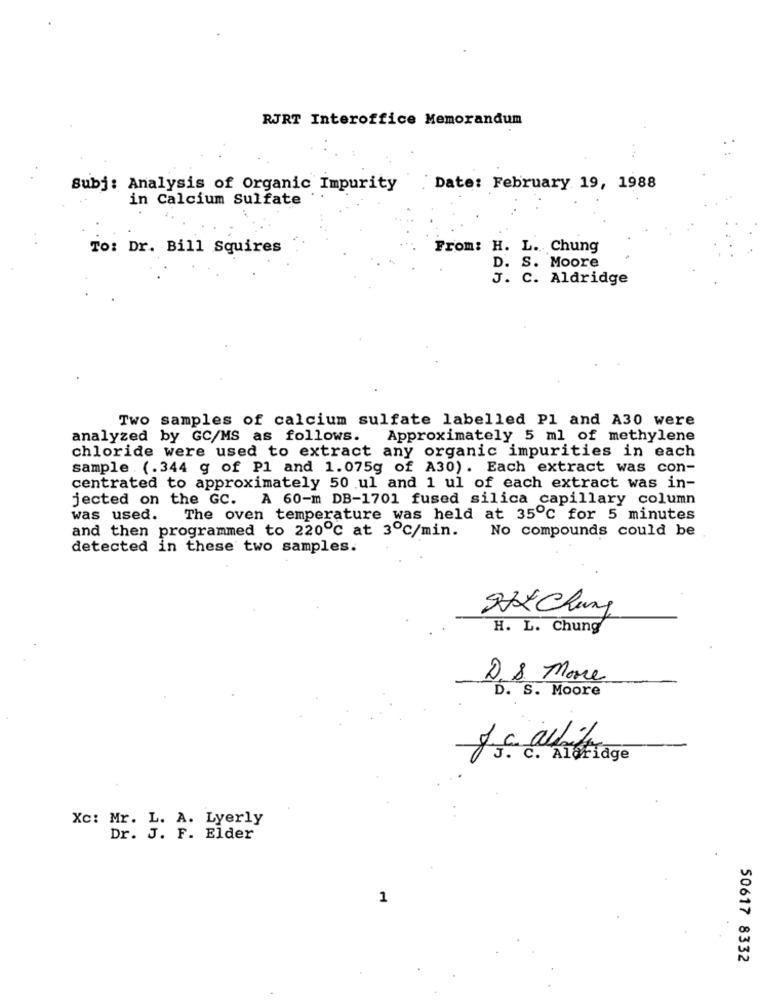
RJRT Interoffice Memorandum
Subj: Analysis of Organic Impurity
Date: February 19, 1988
in Calcium Sulfate
To: Dr. Bill Squires
From: H. L. Chung
D. S. Moore
J. C. Aldridge
Two samples of calcium sulfate labelled Pl and A30 were
analyzed by GC/MS as follows. Approximately 5 ml of methylene
chloride were used to extract any organic impurities in each
sample . (.344 g of Pl and 1.075g of A30). Each extract was con-
centrated to approximately 50 ul and 1 ul of each extract was in-
jected on the GC. A 60-m DB-1701 fused silica capillary column
was used.
The oven temperature was held at 35℃ for 5 minutes
and then programmed to 220℃ at 3℃/min.
No compounds could be
detected in these two samples.
974 Chung
H. L. Chung
D. & More
D. S. Moore
C. Alofidge
Xc: Mr. L. A. Lyerly
Dr. J. F. Elder
1
50617 8332